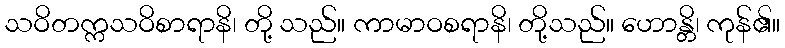
သဝိတက္ကသဝိစာရာနိ၊ တို့ သည်။ ကာမာဝစရာနိ၊ တို့သည်။ ဟောန္တိ၊ ကုန်၏။